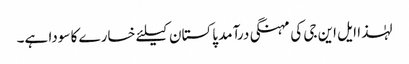
لہٰذا ایل این جی کی مہنگی درآمد پاکستان کیلئے خسارے کا سودا ہے۔